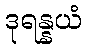
ဒုရန္နယံ